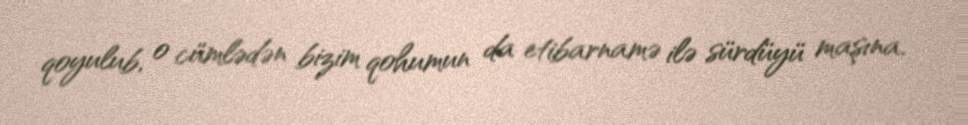
qoyulub, o cümlədən bizim qohumun da etibarnamə ilə sürdüyü maşına.